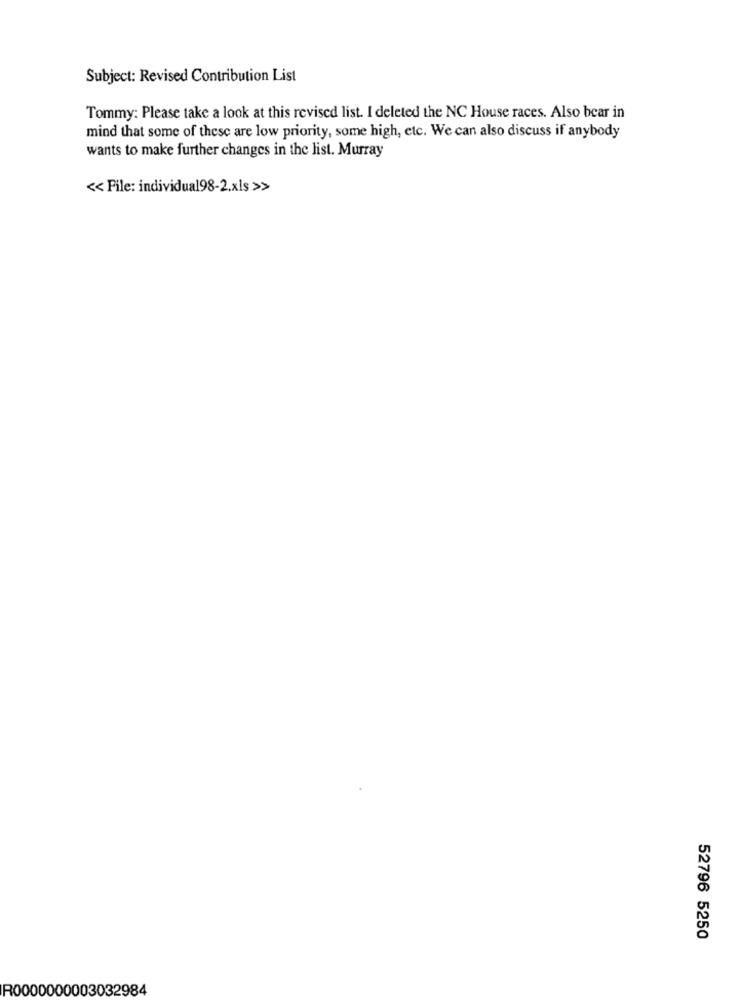
Subject: Revised Contribution List
Tommy: Please take a look at this revised list. I deleted the NC House races. Also bear in
mind that some of these are low priority, some high, etc. We can also discuss if anybody
wants to make further changes in the list. Murray
<< File: individual98-2.xls >>
52796 5250
R0000000003032984